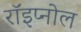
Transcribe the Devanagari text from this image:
रॉइप्नोल